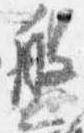
盤